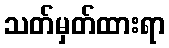
သတ်မှတ်ထားရာ